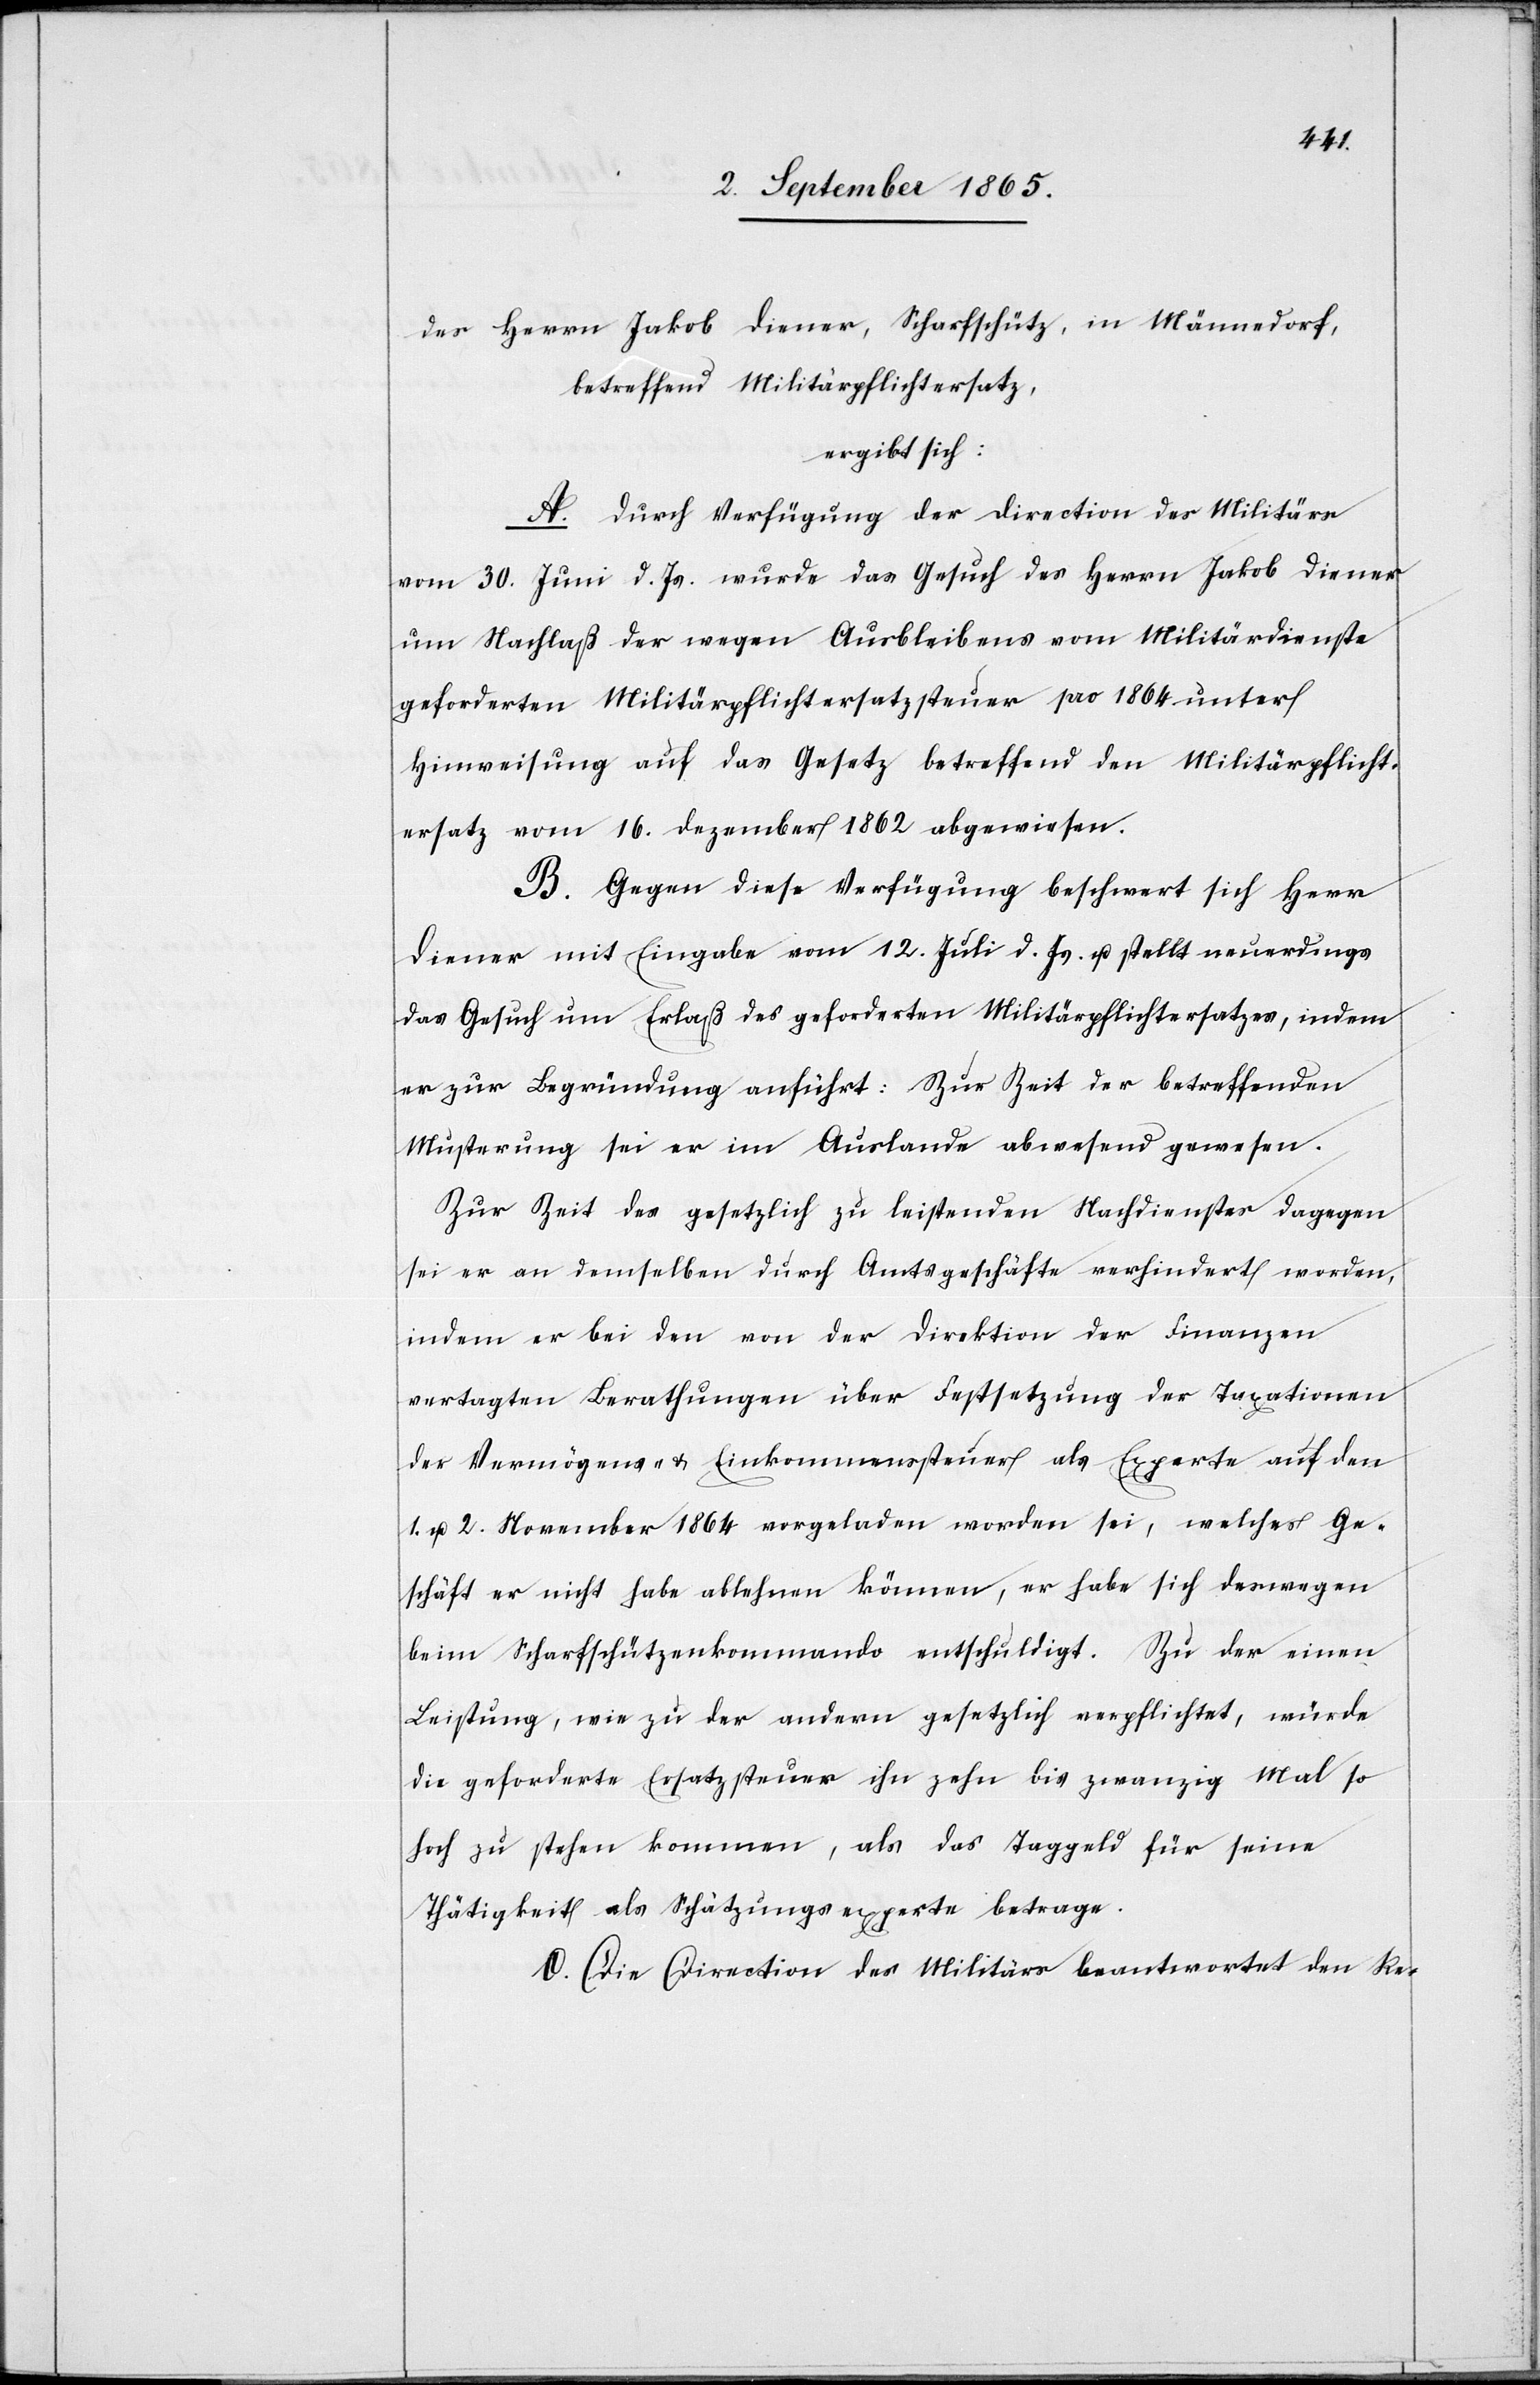
rsatz
des Herrn Jakob Diener, Scharfschütz, in Männedorf,
betreffend Militärpflichtersatz,
ergibt sich:
A. Durch Verfügung der Direction des Militärs
vom 30. Juni d. Js. wurde das Gesuch des Herrn Jakob Diener
um Nachlaß der wegen Ausbleibens vom Militärdienste
geforderten Militärpflichtersatzsteuer pro 1864 unter
Hinweisung auf § 1. des Gesetzes betreffend den Militärpflichte¬
ersatz vom 16. Dezember 1862 abgewiesen.
B. Gegen diese Verfügung beschwert sich Herr
Diener mit Eingabe vom 12. Juli d. Js. u. stellt neuerdings
das Gesuch um Erlaß des geforderten Militärpflichtersatzes, indem
er zur Begründung anführt: Zur Zeit der betreffenden
Musterung sei er im Auslande abwesend gewesen.
Zur Zeit des gesetzlich zu leistenden Nachdienstes dagegen
sei er an demselben durch Amtsgeschäfte verhindert worden,
indem er bei den von der Direktion der Finanzen
vertagten Berathungen über Festsetzung der Taxationen
der Vermögens- u. Einkommenssteuer als Experte auf den
1. u. 2. November 1864 vorgeladen worden sei, welches Ge¬
schäft er nicht habe ablehnen können, er habe sich deswegen
beim Scharfschützenkommando entschuldigt. Zu der einen
Leistung, wie zur der andern gesetzlich verpflichtet, würde
die geforderte Ersatzsteuer ihn zehn bis zwanzig Mal so
hoch zu stehen kommen, als das Taggeld für seine
Thätigkeit als Schätzungsexperte betrage.
I. Die Direction des Militärs wird eingeladen, den